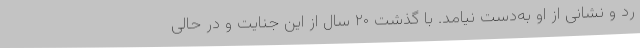
رد و نشانی از او به‌دست نیامد. با گذشت ۲۰ سال از این جنایت و در حالی